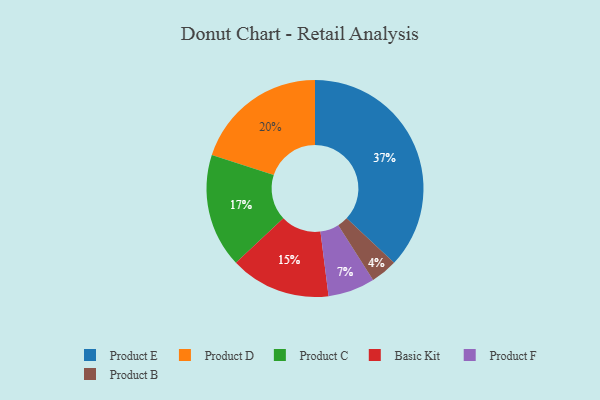
{"axis": {"x": "Category", "y": "Percentage"}, "legend": ["Basic Kit", "Product B", "Product C", "Product D", "Product E", "Product F"], "data": [{"x": "Product C", "y": 17, "type": "Product C"}, {"x": "Product E", "y": 37, "type": "Product E"}, {"x": "Basic Kit", "y": 15, "type": "Basic Kit"}, {"x": "Product B", "y": 4, "type": "Product B"}, {"x": "Product F", "y": 7, "type": "Product F"}, {"x": "Product D", "y": 20, "type": "Product D"}]}